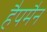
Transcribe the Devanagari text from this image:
हैपमैन